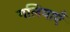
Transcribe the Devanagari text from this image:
गलियाएँ